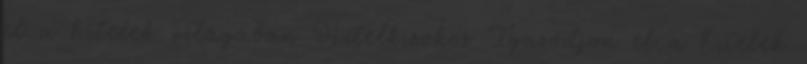
el a hitelek világában Hitelkisokos Igazodjon el a hitelek